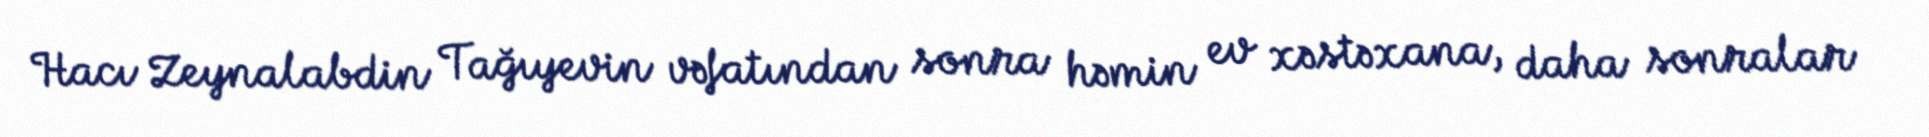
Hacı Zeynalabdin Tağıyevin vəfatından sonra həmin ev xəstəxana, daha sonralar